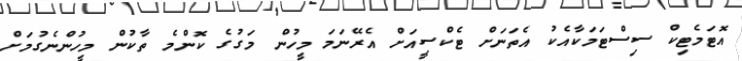
އޮޓަމެޓިކް ސިސްޓަމަކާއެކު އެތަނަށް ޓެކްސީއަށް އެރޭނަމަ މީހުން މަގުގެ ކޮންމެ ތާކުން މީހުންނެގުމަށް